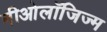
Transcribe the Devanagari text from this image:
नीओलॉजिज्म